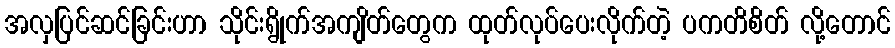
အလှပြင်ဆင်ခြင်းဟာ သိုင်းရွိုက်အကျိတ်တွေက ထုတ်လုပ်ပေးလိုက်တဲ့ ပကတိစိတ် လို့တောင်